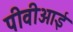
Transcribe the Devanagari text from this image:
पीवीआई